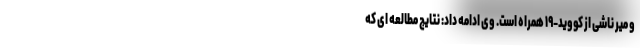
و میر ناشی از کووید-۱۹ همراه است. وی ادامه داد: نتایج مطالعه ای که